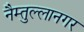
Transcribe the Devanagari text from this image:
नैम्तुल्लानगर